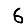
Digit: 6